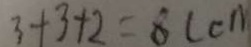
3 + 3 + 2 = 8 ( c n